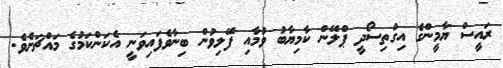
ރައީސް ޔާމީންގެ އިގްތިސޯދީ ޕްލޭން ކާމިޔާބު ވުމާއި ފޭލިވުން ބިނާވެފައިވަނީ އެކަންކަމުގެ މައްޗަށެވެ.